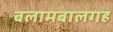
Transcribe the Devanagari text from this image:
बलामबालगह